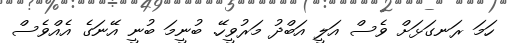
ހަމަ ރަނގަޅަށް ވެސް އަލީ އަބްދު މަރުވީހޭ. ބުނީމަ ބުނީ އޭނަގެ އެއްވެސް